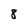
Character: 8